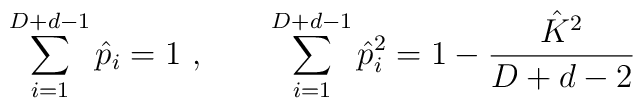
\sum_{i=1}^{D+d-1} \hat{p}_i = 1 \ , \qquad \sum_{i=1}^{D+d-1} \hat{p}_i^2 = 1 - \frac{\hat{K}^2}{D+d-2}